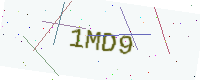
Text: 1MD9